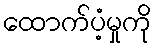
ထောက်ပံ့မှုကို